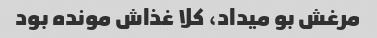
مرغش بو میداد، کلا غذاش مونده بود